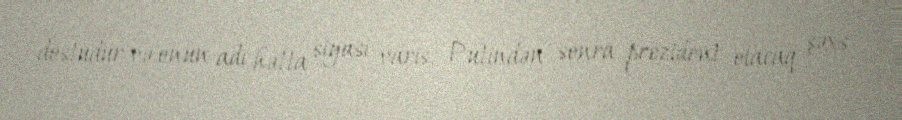
dostudur və onun adı hətta siyasi varis, Putindən sonra prezident olacaq şəxs